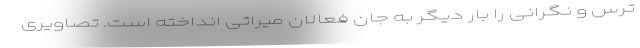
ترس و نگرانی را بار دیگر به جان فعالان میراثی انداخته است. تصاویری